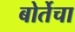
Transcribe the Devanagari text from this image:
बोर्तेचा